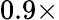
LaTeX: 0.9\times